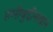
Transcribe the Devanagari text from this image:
हमीबुद्दीनखान